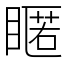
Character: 䁥